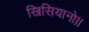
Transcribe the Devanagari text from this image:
खिसियानो।।